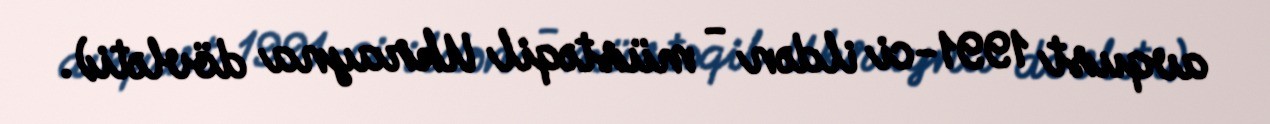
avqust 1991-ci ildən - müstəqil Ukrayna dövləti).